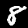
Digit: 8